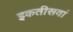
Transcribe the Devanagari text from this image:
इकतीसवां